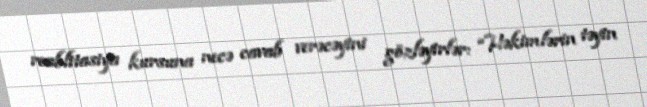
reablitasiya kursuna necə cavab verəcəyini gözləyirlər: “Həkimlərin təyin